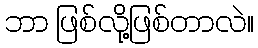
ဘာ ဖြစ်လို့ဖြစ်တာလဲ။